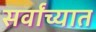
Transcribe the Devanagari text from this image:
सर्वांच्यात